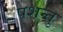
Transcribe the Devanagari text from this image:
पशन्तु